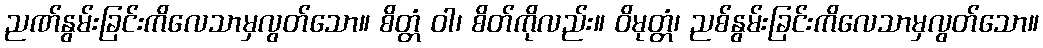
ညဏ်နွမ်းခြင်းကိလေသာမှလွတ်သော။ စိတ္တံ ဝါ၊ စိတ်ကိုလည်း။ ဝိမုတ္တံ၊ ညစ်နွမ်းခြင်းကိလေသာမှလွတ်သော။